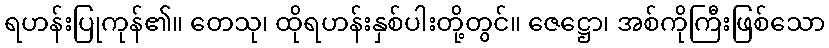
ရဟန်းပြုကုန်၏။ တေသု၊ ထိုရဟန်းနှစ်ပါးတို့တွင်။ ဇေဋ္ဌော၊ အစ်ကိုကြီးဖြစ်သော